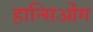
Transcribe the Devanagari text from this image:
हान्सिओंग